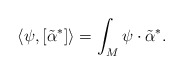
\begin{align*}\langle \psi, [\tilde{\alpha}^*] \rangle= \int_M \psi\cdot \tilde{\alpha}^* .\end{align*}